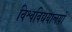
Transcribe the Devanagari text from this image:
विश्वविद्ययालयों